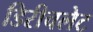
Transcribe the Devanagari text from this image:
डिरीचलेट